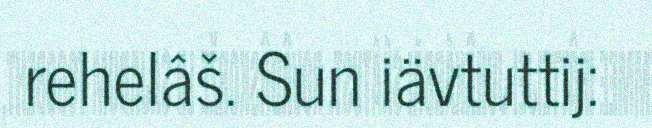
rehelâš. Sun iävtuttij: